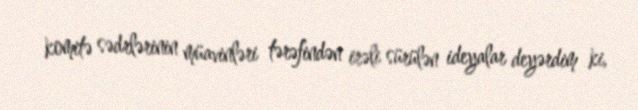
komitə sədrlərinin müavinləri tərəfindən irəli sürülən ideyalar deyərdim ki,